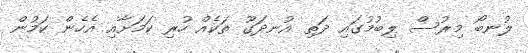
ލުނބޯ މިރުސް ލިބުމުގައި ދަތި އުނދަގޫ ތަކެއް ހުރި ކަމަށާއި އެހެން ކަމުން